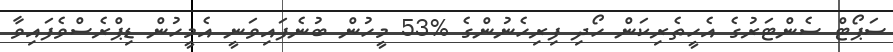
ސަޕޯޓް ސެންޓަރުގެ އެހީތެރިކަން ހޯދި ފިރިހެނުންގެ %53 މީހުން ބުނެފައިވަނީ އެމީހުން ޑިޕްރެސްވެފައިވާ